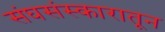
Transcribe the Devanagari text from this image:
संघसंस्कारातून